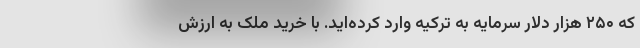
که ۲۵۰ هزار دلار سرمایه به ترکیه وارد کرده‌اید. با خرید ملک به ارزش